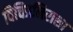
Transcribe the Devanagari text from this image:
विचित्रनिराशा